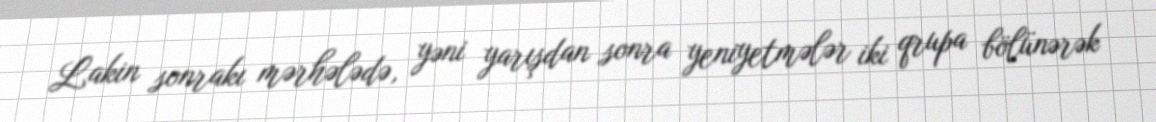
Lakin sonrakı mərhələdə, yəni yarışdan sonra yeniyetmələr iki qrupa bölünərək